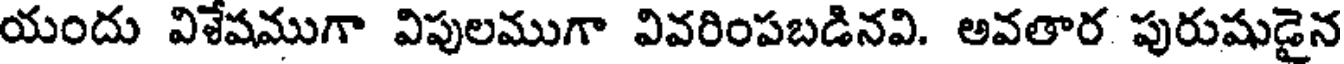
యందు విళేషముగా విపులముగా వివరింపబడినవి. అవతార పురుషుడైన